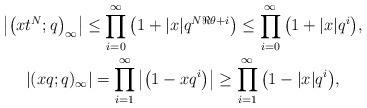
LaTeX: \begin{gather*}\big|\big(xt^N; q\big)_{\infty}\big| \leq \prod_{i=0}^{\infty}{\big(1 + |x| q^{N\Re\theta + i}\big)} \leq \prod_{i=0}^{\infty}{\big(1 + |x| q^i\big)}, \\ |(xq; q)_{\infty}| = \prod_{i=1}^{\infty}{\big|\big(1 - xq^i\big)\big|} \geq \prod_{i=1}^{\infty}{\big(1 - |x| q^i\big)},\end{gather*}